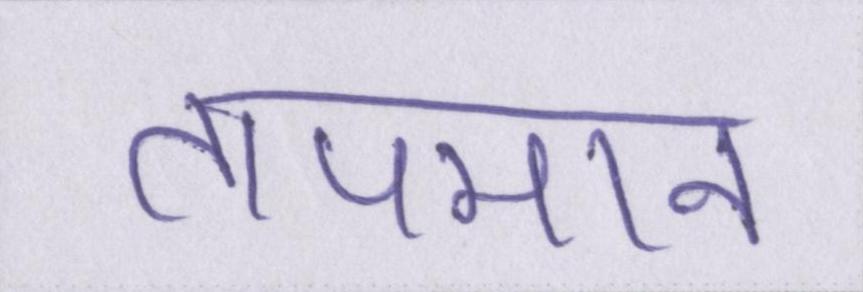
तापमान